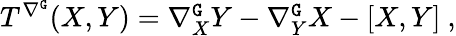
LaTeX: \begin{array}{r}{T^{\nabla^{\mathtt{G}}}(X,Y)=\nabla_{X}^{\mathtt{G}}Y-\nabla_{Y}^{\mathtt{G}}X-[X,Y]\ ,}\end{array}